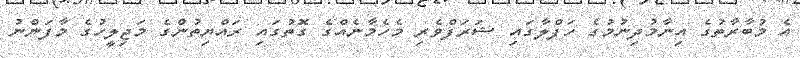
އެ މުބާރާތުގެ އިނާމުދިނުމުގެ ހަފްލާގައި ޝަރަފްވެރި މެހެމާނެއްގެ ގޮތުގައި ރައްޔިތުންގެ މަޖިލީހުގެ މާފަންނު